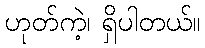
ဟုတ်ကဲ့၊ ရှိပါတယ်။